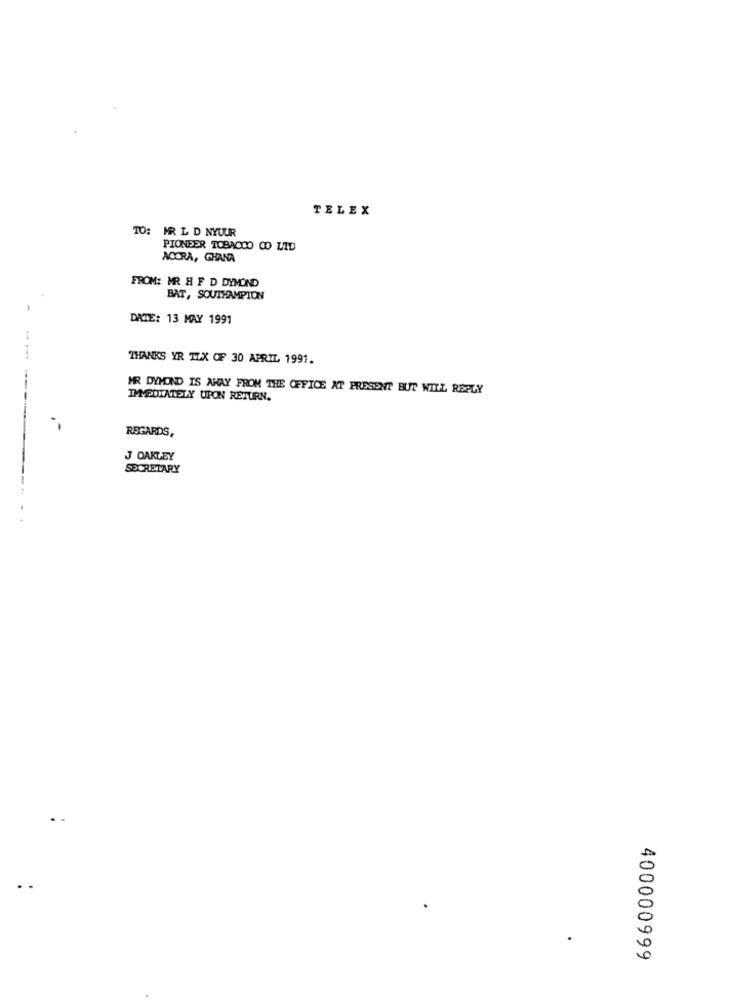
TELEX
TO: MR L D NYUUR
PIONEER TOBACCO CO LID
ACCRA, GHANA
FROM: MR H F D DYMOND
BAT, SOUTHAMPION
DATE: 13 MAY 1991
THANKS YR TIX OF 30 APRIL 1991.
MR DYMOND IS AWAY FROM THE OFFICE AT PRESENT BUT WILL REPLY
IMMEDIATELY UPON RETURN.
REGARDS,
-- --------
J OAKLEY
SECRETARY
400000999